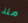
منذ